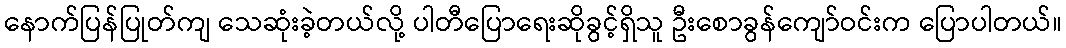
နောက်ပြန်ပြုတ်ကျ သေဆုံးခဲ့တယ်လို့ ပါတီပြောရေးဆိုခွင့်ရှိသူ ဦးစောခွန်ကျော်ဝင်းက ပြောပါတယ်။